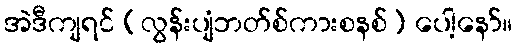
အဲဒီကျရင် (လွန်းပျံဘတ်စ်ကားစနစ်) ပေါ့နော်။